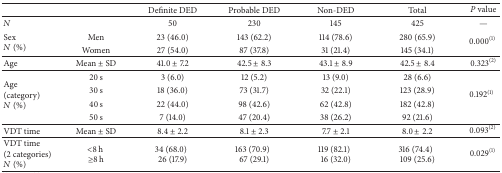
<table><thead><tr><td>[EMPTY_CELL]</td><td>[EMPTY_CELL]</td><td><b>Definite DED</b></td><td><b>Probable DED</b></td><td><b>Non-DED</b></td><td><b>Total</b></td><td><b><i>P</i> value</b></td></tr></thead><tbody><tr><td><i>N</i></td><td>[EMPTY_CELL]</td><td>50</td><td>230</td><td>145</td><td>425</td><td>—</td></tr><tr><td rowspan="2">Sex <i>N</i> (%)</td><td>Men</td><td>23 (46.0)</td><td>143 (62.2)</td><td>114 (78.6)</td><td>280 (65.9)</td><td rowspan="2">0.000<sup>(1)</sup></td></tr><tr><td>Women</td><td>27 (54.0)</td><td>87 (37.8)</td><td>31 (21.4)</td><td>145 (34.1)</td></tr><tr><td>Age</td><td>Mean ± SD</td><td>41.0 ± 7.2</td><td>42.5 ± 8.3</td><td>43.1 ± 8.9</td><td>42.5 ± 8.4</td><td>0.323<sup>(2)</sup></td></tr><tr><td rowspan="4">Age (category)<i>N</i> (%)</td><td>20 s</td><td>3 (6.0)</td><td>12 (5.2)</td><td>13 (9.0)</td><td>28 (6.6)</td><td rowspan="4">0.192<sup>(1)</sup></td></tr><tr><td>30 s</td><td>18 (36.0)</td><td>73 (31.7)</td><td>32 (22.1)</td><td>123 (28.9)</td></tr><tr><td>40 s</td><td>22 (44.0)</td><td>98 (42.6)</td><td>62 (42.8)</td><td>182 (42.8)</td></tr><tr><td>50 s</td><td>7 (14.0)</td><td>47 (20.4)</td><td>38 (26.2)</td><td>92 (21.6)</td></tr><tr><td>VDT time</td><td>Mean ± SD</td><td>8.4 ± 2.2</td><td>8.1 ± 2.3</td><td>7.7 ± 2.1</td><td>8.0 ± 2.2</td><td>0.093<sup>(2)</sup></td></tr><tr><td>VDT time(2 categories)<i>N</i> (%)</td><td>&lt;8 h ≥8 h</td><td>34 (68.0)26 (17.9)</td><td>163 (70.9)67 (29.1)</td><td> 119 (82.1)16 (32.0)</td><td>316 (74.4)109 (25.6)</td><td>0.029<sup>(1)</sup></td></tr></tbody></table>